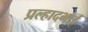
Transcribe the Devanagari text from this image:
प्रल्हादभाई